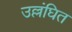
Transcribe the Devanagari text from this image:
उल्लंघित